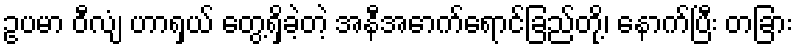
ဥပမာ ဝီလျံ ဟာရှယ် တွေ့ရှိခဲ့တဲ့ အနီအောက်ရောင်ခြည်တို့၊ နောက်ပြီး တခြား